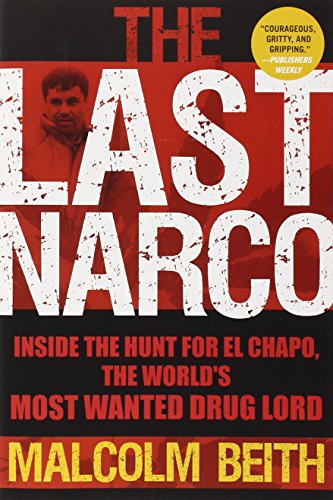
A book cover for The Last Narco: Inside the Hunt for El Chapo, the World's Most Wanted Drug Lord; Malcolm Beith; Biographies & Memoirs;